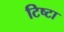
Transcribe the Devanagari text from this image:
टिष्टा